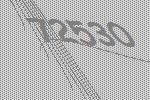
72530